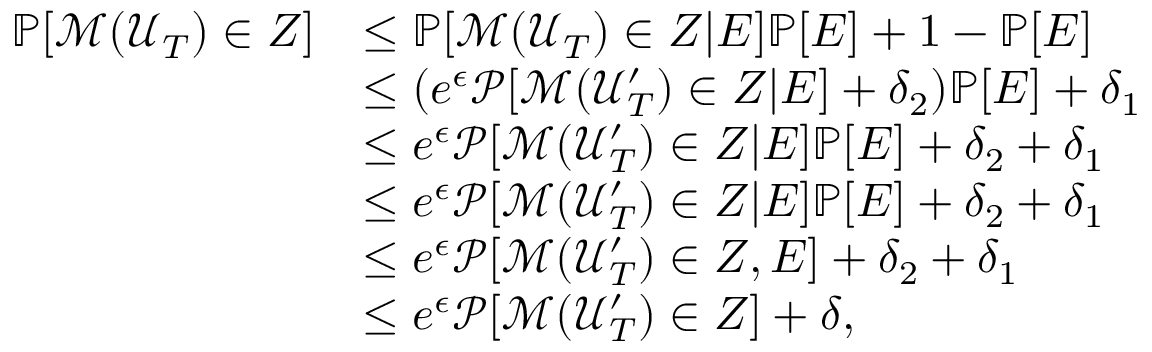
\begin{array} { r l } { \mathbb { P } [ \mathcal { M } ( \mathcal { U } _ { T } ) \in Z ] } & { \leq \mathbb { P } [ \mathcal { M } ( \mathcal { U } _ { T } ) \in Z | E ] \mathbb { P } [ E ] + 1 - \mathbb { P } [ E ] } \\ & { \leq ( e ^ { \epsilon } \mathcal { P } [ \mathcal { M } ( \mathcal { U } _ { T } ^ { \prime } ) \in Z | E ] + \delta _ { 2 } ) \mathbb { P } [ E ] + \delta _ { 1 } } \\ & { \leq e ^ { \epsilon } \mathcal { P } [ \mathcal { M } ( \mathcal { U } _ { T } ^ { \prime } ) \in Z | E ] \mathbb { P } [ E ] + \delta _ { 2 } + \delta _ { 1 } } \\ & { \leq e ^ { \epsilon } \mathcal { P } [ \mathcal { M } ( \mathcal { U } _ { T } ^ { \prime } ) \in Z | E ] \mathbb { P } [ E ] + \delta _ { 2 } + \delta _ { 1 } } \\ & { \leq e ^ { \epsilon } \mathcal { P } [ \mathcal { M } ( \mathcal { U } _ { T } ^ { \prime } ) \in Z , E ] + \delta _ { 2 } + \delta _ { 1 } } \\ & { \leq e ^ { \epsilon } \mathcal { P } [ \mathcal { M } ( \mathcal { U } _ { T } ^ { \prime } ) \in Z ] + \delta , } \end{array}